Punjab Mental Hospital Lahore 1922-31 - 1922-1931
Year: 1922
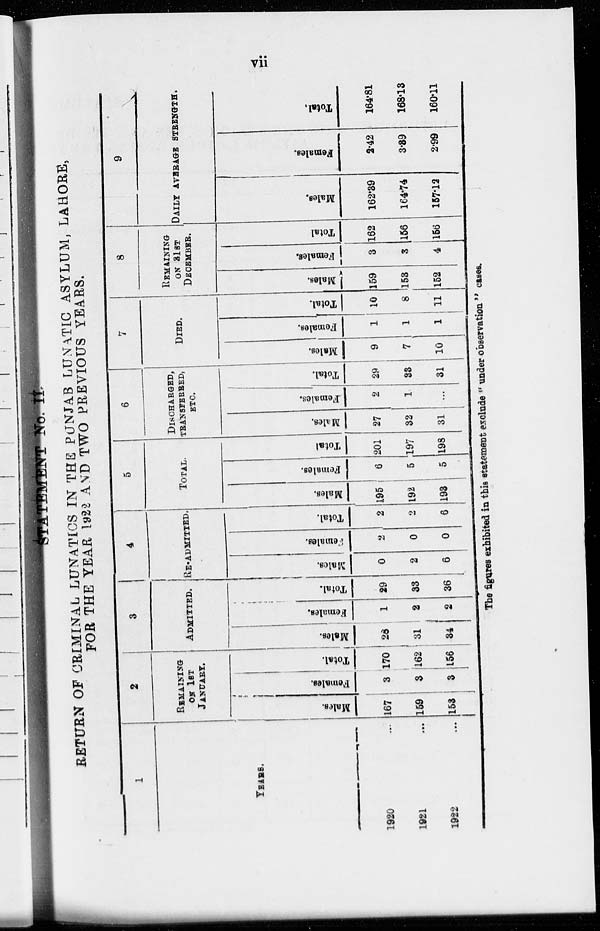
vii
STATEMENT NO. II
RETURN OF CRIMINAL LUNATICS IN THE PUNJAB LUNATIC ASYLUM, LAHORE,
FOR THE YEAR 1922 AND TWO PREVIOUS YEARS.
1
YEARS.
1920 ...
1921 ...
1922 ...
2
REMAINING
ON 1ST
JANUARY.
Males.
167
159
153
Females.
3
3
3
Total.
170
162
156
3
ADMITTED.
Mal es .
28
31
34
Fe ma l
e s .
1
2
2
Total.
29
33
36
4
RE-ADMITTED.
Males.
0
2
6
Females.
2
0
0
Total.
2
2
6
5
TOTAL.
Males.
195
192
193
Females.
6
5
5
Total
201
197
198
6
DISCHARGED,
TRANSFERRED,
ETC.
Males.
27
32
31
Females.
2
1
...
Total.
29
33
31
7
DIED.
Males.
9
7
10
Females.
1
1
1
Total.
10
8
11
8
REMAINING
ON 31ST
DECEMBER.
Males.
159
153
152
Females.
3
3
4
Total
162
156
156
9
DAILY AVERAGE STRENGTH.
Males.
162.39
164.74
157.12
Females.
2.42
3.39
2.99
Total.
164.81
168.13
160.11
The figures exhibited in this statement exclude " under observation " cases.